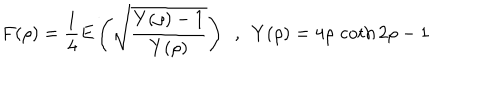
LaTeX: F ( \rho ) = \frac { 1 } { 4 } E \left( \sqrt { \frac { Y ( \rho ) - 1 } { Y ( \rho ) } } \right) ~ ~ , ~ ~ Y ( \rho ) = 4 \rho \, \coth 2 \rho - 1